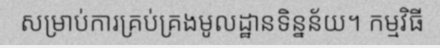
សម្រាប់ការគ្រប់គ្រងមូលដ្ឋានទិន្នន័យ។ កម្មវិធី